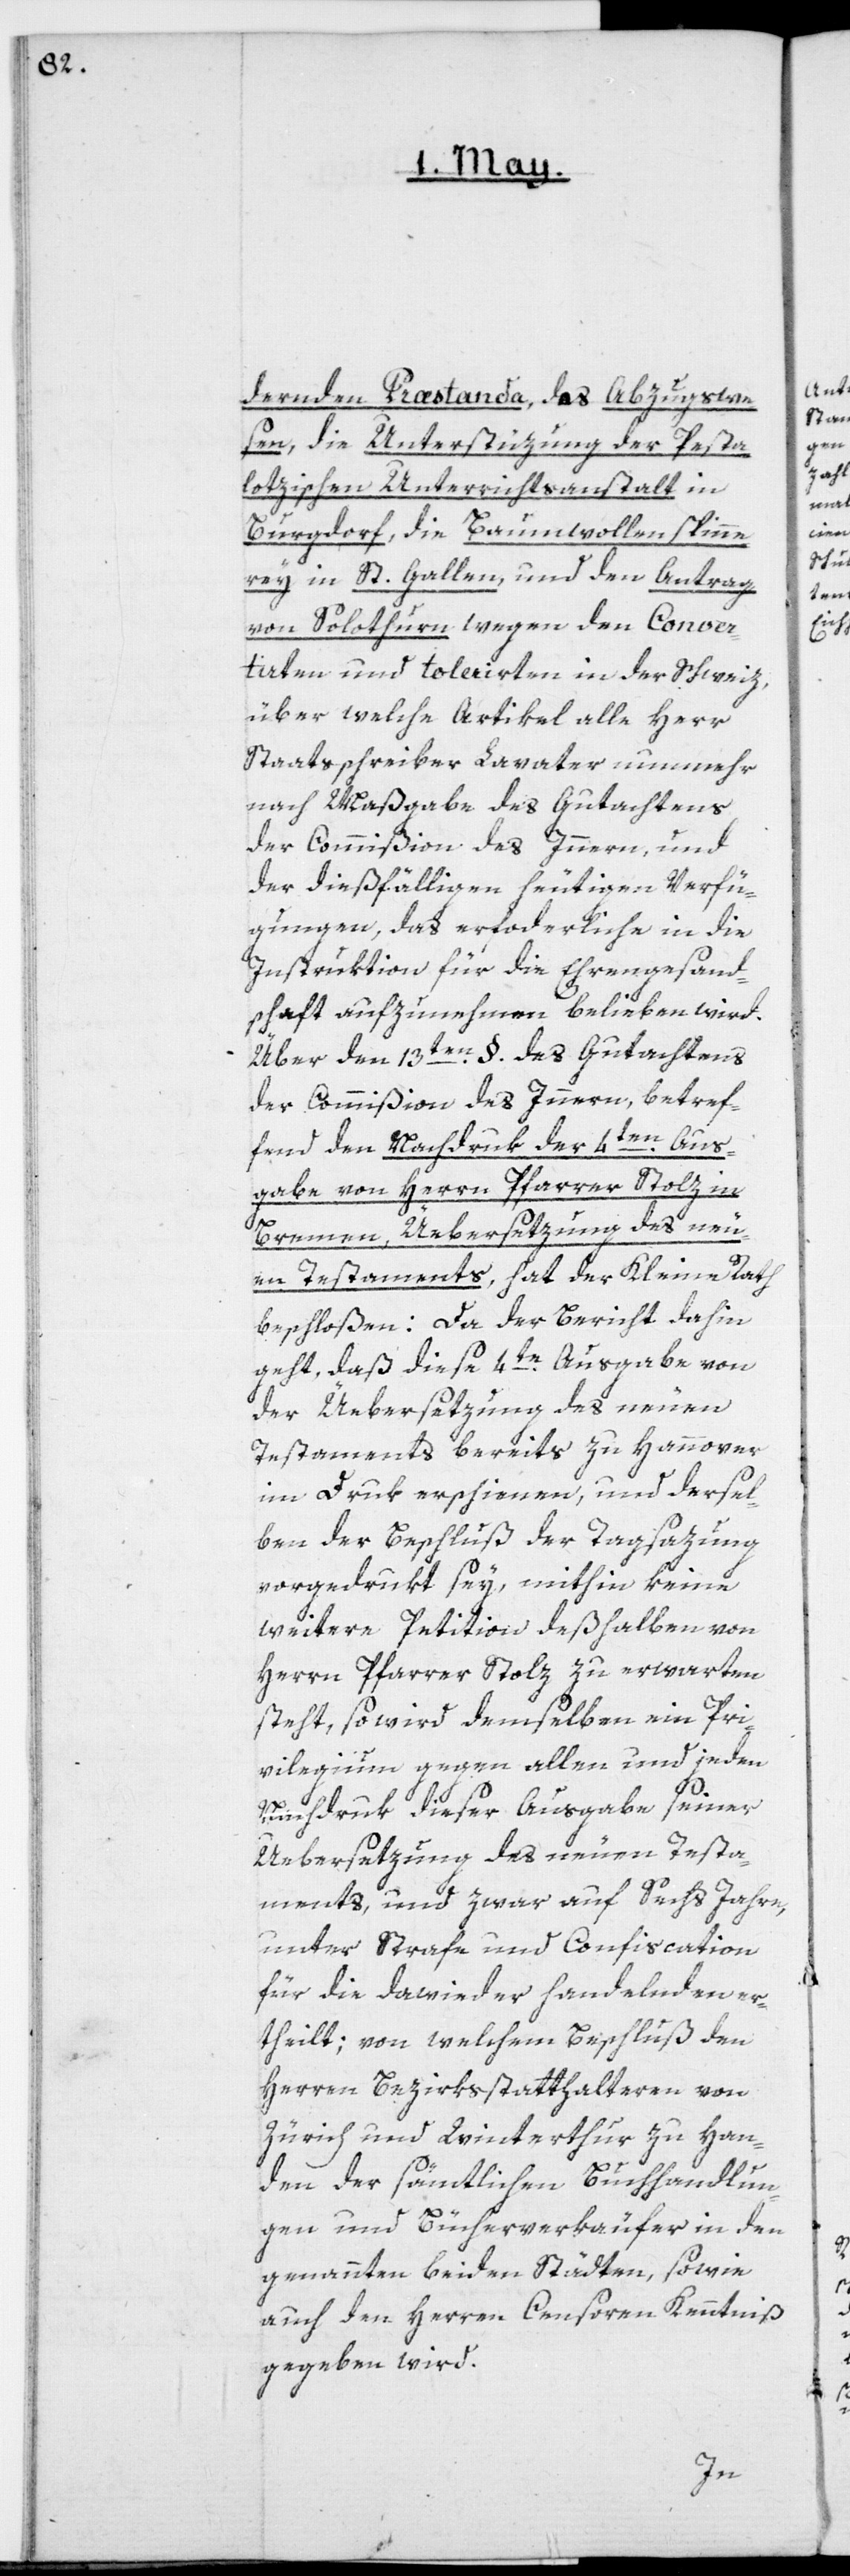
dernden Præstanda, das Abzugswe¬
sen, die Unterstüzung der Pesta¬
lotzischen Unterrichtsanstalt in
Burgdorf, die Baumwollenspinne¬
rey in St. Gallen und den Antrag
von Solothurn wegen den Conver¬
titen und Tolerirten in der Schweiz,
über welche Artikel alle Herr
Staatsschreiber Lavater nunmehr
nach Maßgabe des Gutachtens
der Commißion des Innern, und
der dießfälligen heutigen Verfü¬
gungen, das erforderliche in die
Instruktion für die Ehrengesandt¬
schaft aufzunehmen belieben wird.
Über den 13ten §. des Gutachtens
der Commißion des Innern, betref¬
fend den Nachdruk der 4ten Aus¬
gabe von Herrn Pfarrer Stolz in
B¬
remen, Üebersetzung des Neu¬
en Testaments, hat der Kleine Rath
beschloßen: Da der Bericht dahin
geht, daß diese 4te Ausgabe von
der Üebersetzung des Neuen
Testaments bereits zu Hannover
im Druk erschienen, und dersel¬
ben der Beschluß der Tagsazung
vorgedrukt sey, mithin keine
weitere Petition deßhalben von
Herrn Pfarrer Stolz zu erwarten
steht, so wird demselben ein Pri¬
vilegium gegen allen und jeden
Nachdruk dieser Ausgabe seiner
Uebersetzung des Neuen Testa¬
ments, und zwar auf sechs Jahre,
unter Strafe und Confiscation
für die dawieder Handelnden er¬
theilt; von welchem Beschluß den
Herren Bezirksstatthalteren von
Zürich und Winterthur zu Han¬
den der sämtlichen Buchhandlun¬
gen und Bücherverkäufer in den
genannten beiden Städten, sowie
auch den Herren Censoren Kenntniß
gegeben wird.